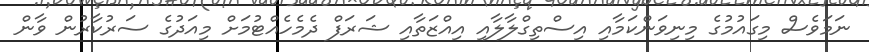
ނަމަވެސް މިގައުމުގެ މިނިވަންކަމާއި އިސްތިގްލާލާއި އިއްޒަތާއި ޝަރަފް ދެމެހެއްޓުމަށް މިއަދުގެ ސަރުކާރުން ވާން